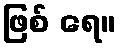
ဖြစ် ရေ။